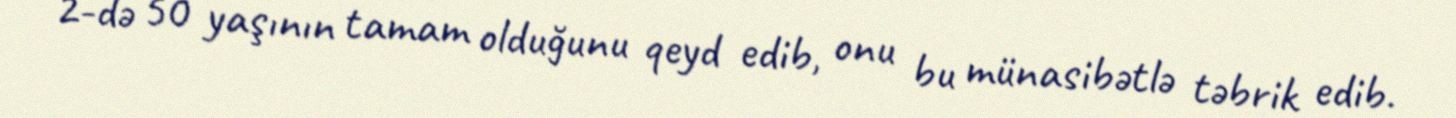
2-də 50 yaşının tamam olduğunu qeyd edib, onu bu münasibətlə təbrik edib.